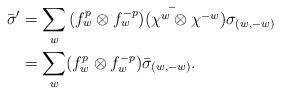
LaTeX: \begin{align*} \bar \sigma' &= \sum_{w} \bar{(f^p_{w} \otimes f^{-p}_{w}) (\chi^w \otimes \chi^{-w})\sigma_{(w,-w)}}\\ & = \sum_{w} (f^p_{w} \otimes f^{-p}_{w}) \bar\sigma_{(w,-w)}.\end{align*}